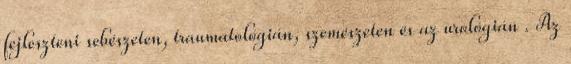
fejleszteni sebészeten, traumatológián, szemészeten és az urológián . Az